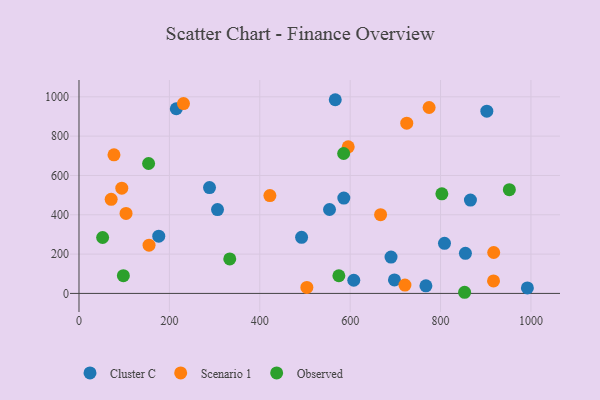
{"axis": {"x": "Experience", "y": "Exam Score"}, "legend": ["Cluster C", "Observed", "Scenario 1"], "data": [{"x": "808.7", "y": 254.8, "type": "Cluster C"}, {"x": "586.0", "y": 484.9, "type": "Cluster C"}, {"x": "306.5", "y": 426.5, "type": "Cluster C"}, {"x": "215.3", "y": 939.5, "type": "Cluster C"}, {"x": "855.0", "y": 203.8, "type": "Cluster C"}, {"x": "902.4", "y": 927.3, "type": "Cluster C"}, {"x": "992.1", "y": 27.8, "type": "Cluster C"}, {"x": "567.0", "y": 985.3, "type": "Cluster C"}, {"x": "288.8", "y": 538.6, "type": "Cluster C"}, {"x": "698.0", "y": 68.5, "type": "Cluster C"}, {"x": "866.1", "y": 475.0, "type": "Cluster C"}, {"x": "767.6", "y": 38.6, "type": "Cluster C"}, {"x": "492.5", "y": 285.5, "type": "Cluster C"}, {"x": "608.0", "y": 66.9, "type": "Cluster C"}, {"x": "554.3", "y": 427.0, "type": "Cluster C"}, {"x": "690.4", "y": 184.8, "type": "Cluster C"}, {"x": "176.5", "y": 291.3, "type": "Cluster C"}, {"x": "231.2", "y": 965.6, "type": "Scenario 1"}, {"x": "71.2", "y": 478.5, "type": "Scenario 1"}, {"x": "595.7", "y": 745.9, "type": "Scenario 1"}, {"x": "917.2", "y": 63.4, "type": "Scenario 1"}, {"x": "422.4", "y": 497.6, "type": "Scenario 1"}, {"x": "917.6", "y": 208.1, "type": "Scenario 1"}, {"x": "774.7", "y": 945.8, "type": "Scenario 1"}, {"x": "504.2", "y": 30.5, "type": "Scenario 1"}, {"x": "104.1", "y": 406.8, "type": "Scenario 1"}, {"x": "667.3", "y": 400.3, "type": "Scenario 1"}, {"x": "94.7", "y": 535.5, "type": "Scenario 1"}, {"x": "77.4", "y": 705.2, "type": "Scenario 1"}, {"x": "721.2", "y": 42.2, "type": "Scenario 1"}, {"x": "725.2", "y": 865.9, "type": "Scenario 1"}, {"x": "155.0", "y": 245.5, "type": "Scenario 1"}, {"x": "802.9", "y": 506.6, "type": "Observed"}, {"x": "333.6", "y": 175.2, "type": "Observed"}, {"x": "52.3", "y": 284.4, "type": "Observed"}, {"x": "98.2", "y": 90.0, "type": "Observed"}, {"x": "952.2", "y": 527.9, "type": "Observed"}, {"x": "154.0", "y": 660.9, "type": "Observed"}, {"x": "853.2", "y": 5.8, "type": "Observed"}, {"x": "575.0", "y": 89.9, "type": "Observed"}, {"x": "585.6", "y": 711.8, "type": "Observed"}]}